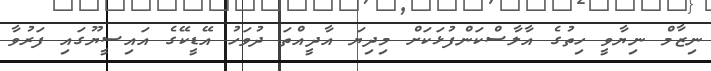
ނިޒާމް ނިޔާވީީ ހިތުގެ އާލާސްކަންފުޅަކަށް މިދިޔަ އާދީއްތަ ދުވަހު އޭޑީކޭގެ އައިސީޔޫގައި ފަރުވާ